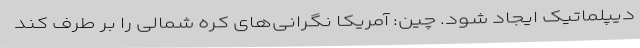
دیپلماتیک ایجاد شود. چین: آمریکا نگرانی‌های کره شمالی را بر طرف کند